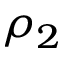
\rho _ { 2 }